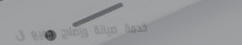
خدمة صيانة وإصلاح جميع ال